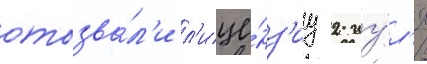
отозва́л'и л'ице́нз'иу 2 иу́л'я